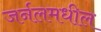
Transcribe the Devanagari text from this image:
जर्नलमधील